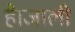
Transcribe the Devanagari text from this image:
है।जाली